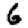
Digit: 6